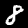
Label: 8